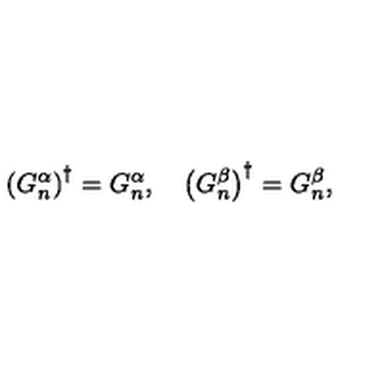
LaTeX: \left( G _ { n } ^ { \alpha } \right) ^ { \dagger } = G _ { n } ^ { \alpha } , \quad \left( G _ { n } ^ { \beta } \right) ^ { \dagger } = G _ { n } ^ { \beta } ,